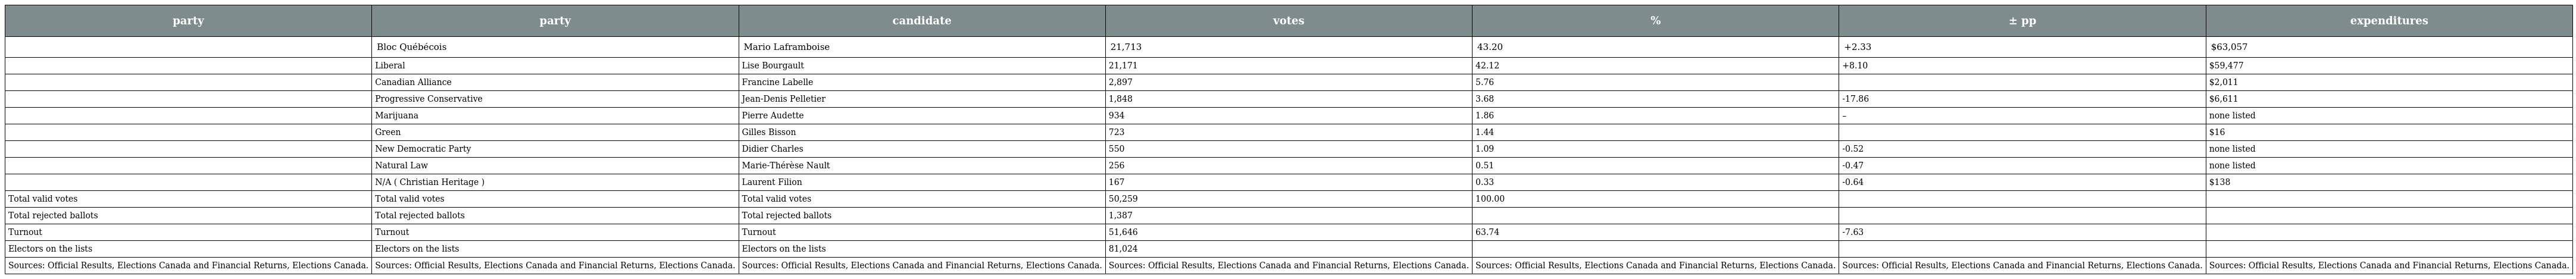
| party | party | candidate | votes | % | ± pp | expenditures |
 | --- | --- | --- | --- | --- | --- | --- |
 |  | Bloc Québécois | Mario Laframboise | 21,713 | 43.20 | +2.33 | $63,057 |
 |  | Liberal | Lise Bourgault | 21,171 | 42.12 | +8.10 | $59,477 |
 |  | Canadian Alliance | Francine Labelle | 2,897 | 5.76 |  | $2,011 |
 |  | Progressive Conservative | Jean-Denis Pelletier | 1,848 | 3.68 | -17.86 | $6,611 |
 |  | Marijuana | Pierre Audette | 934 | 1.86 | – | none listed |
 |  | Green | Gilles Bisson | 723 | 1.44 |  | $16 |
 |  | New Democratic Party | Didier Charles | 550 | 1.09 | -0.52 | none listed |
 |  | Natural Law | Marie-Thérèse Nault | 256 | 0.51 | -0.47 | none listed |
 |  | N/A ( Christian Heritage ) | Laurent Filion | 167 | 0.33 | -0.64 | $138 |
 | Total valid votes | Total valid votes | Total valid votes | 50,259 | 100.00 |  |  |
 | Total rejected ballots | Total rejected ballots | Total rejected ballots | 1,387 |  |  |  |
 | Turnout | Turnout | Turnout | 51,646 | 63.74 | -7.63 |  |
 | Electors on the lists | Electors on the lists | Electors on the lists | 81,024 |  |  |  |
 | Sources: Official Results, Elections Canada and Financial Returns, Elections Canada. | Sources: Official Results, Elections Canada and Financial Returns, Elections Canada. | Sources: Official Results, Elections Canada and Financial Returns, Elections Canada. | Sources: Official Results, Elections Canada and Financial Returns, Elections Canada. | Sources: Official Results, Elections Canada and Financial Returns, Elections Canada. | Sources: Official Results, Elections Canada and Financial Returns, Elections Canada. | Sources: Official Results, Elections Canada and Financial Returns, Elections Canada. |